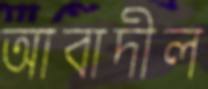
আবাদীল